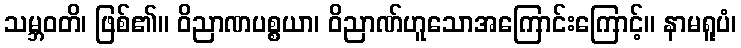
သမ္ဘဝတိ၊ ဖြစ်၏။ ဝိညာဏပစ္စယာ၊ ဝိညာဏ်ဟူသောအကြောင်းကြောင့်။ နာမရူပံ၊